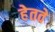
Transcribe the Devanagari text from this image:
हेतवे